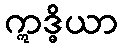
ဣဒ္ဓိယာ